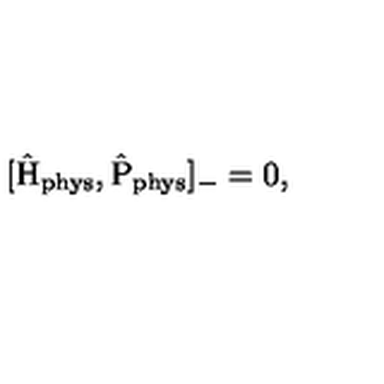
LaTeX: [ \hat { \mathrm { H } } _ { \mathrm { p h y s } } , \hat { \mathrm { P } } _ { \mathrm { p h y s } } ] _ { - } = 0 , \,